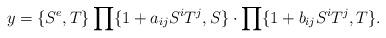
LaTeX: \begin{align*}y=\{S^e, T\}\prod\{1+a_{ij}S^iT^j, S\}\cdot\prod\{1+b_{ij}S^iT^j,T\}.\end{align*}